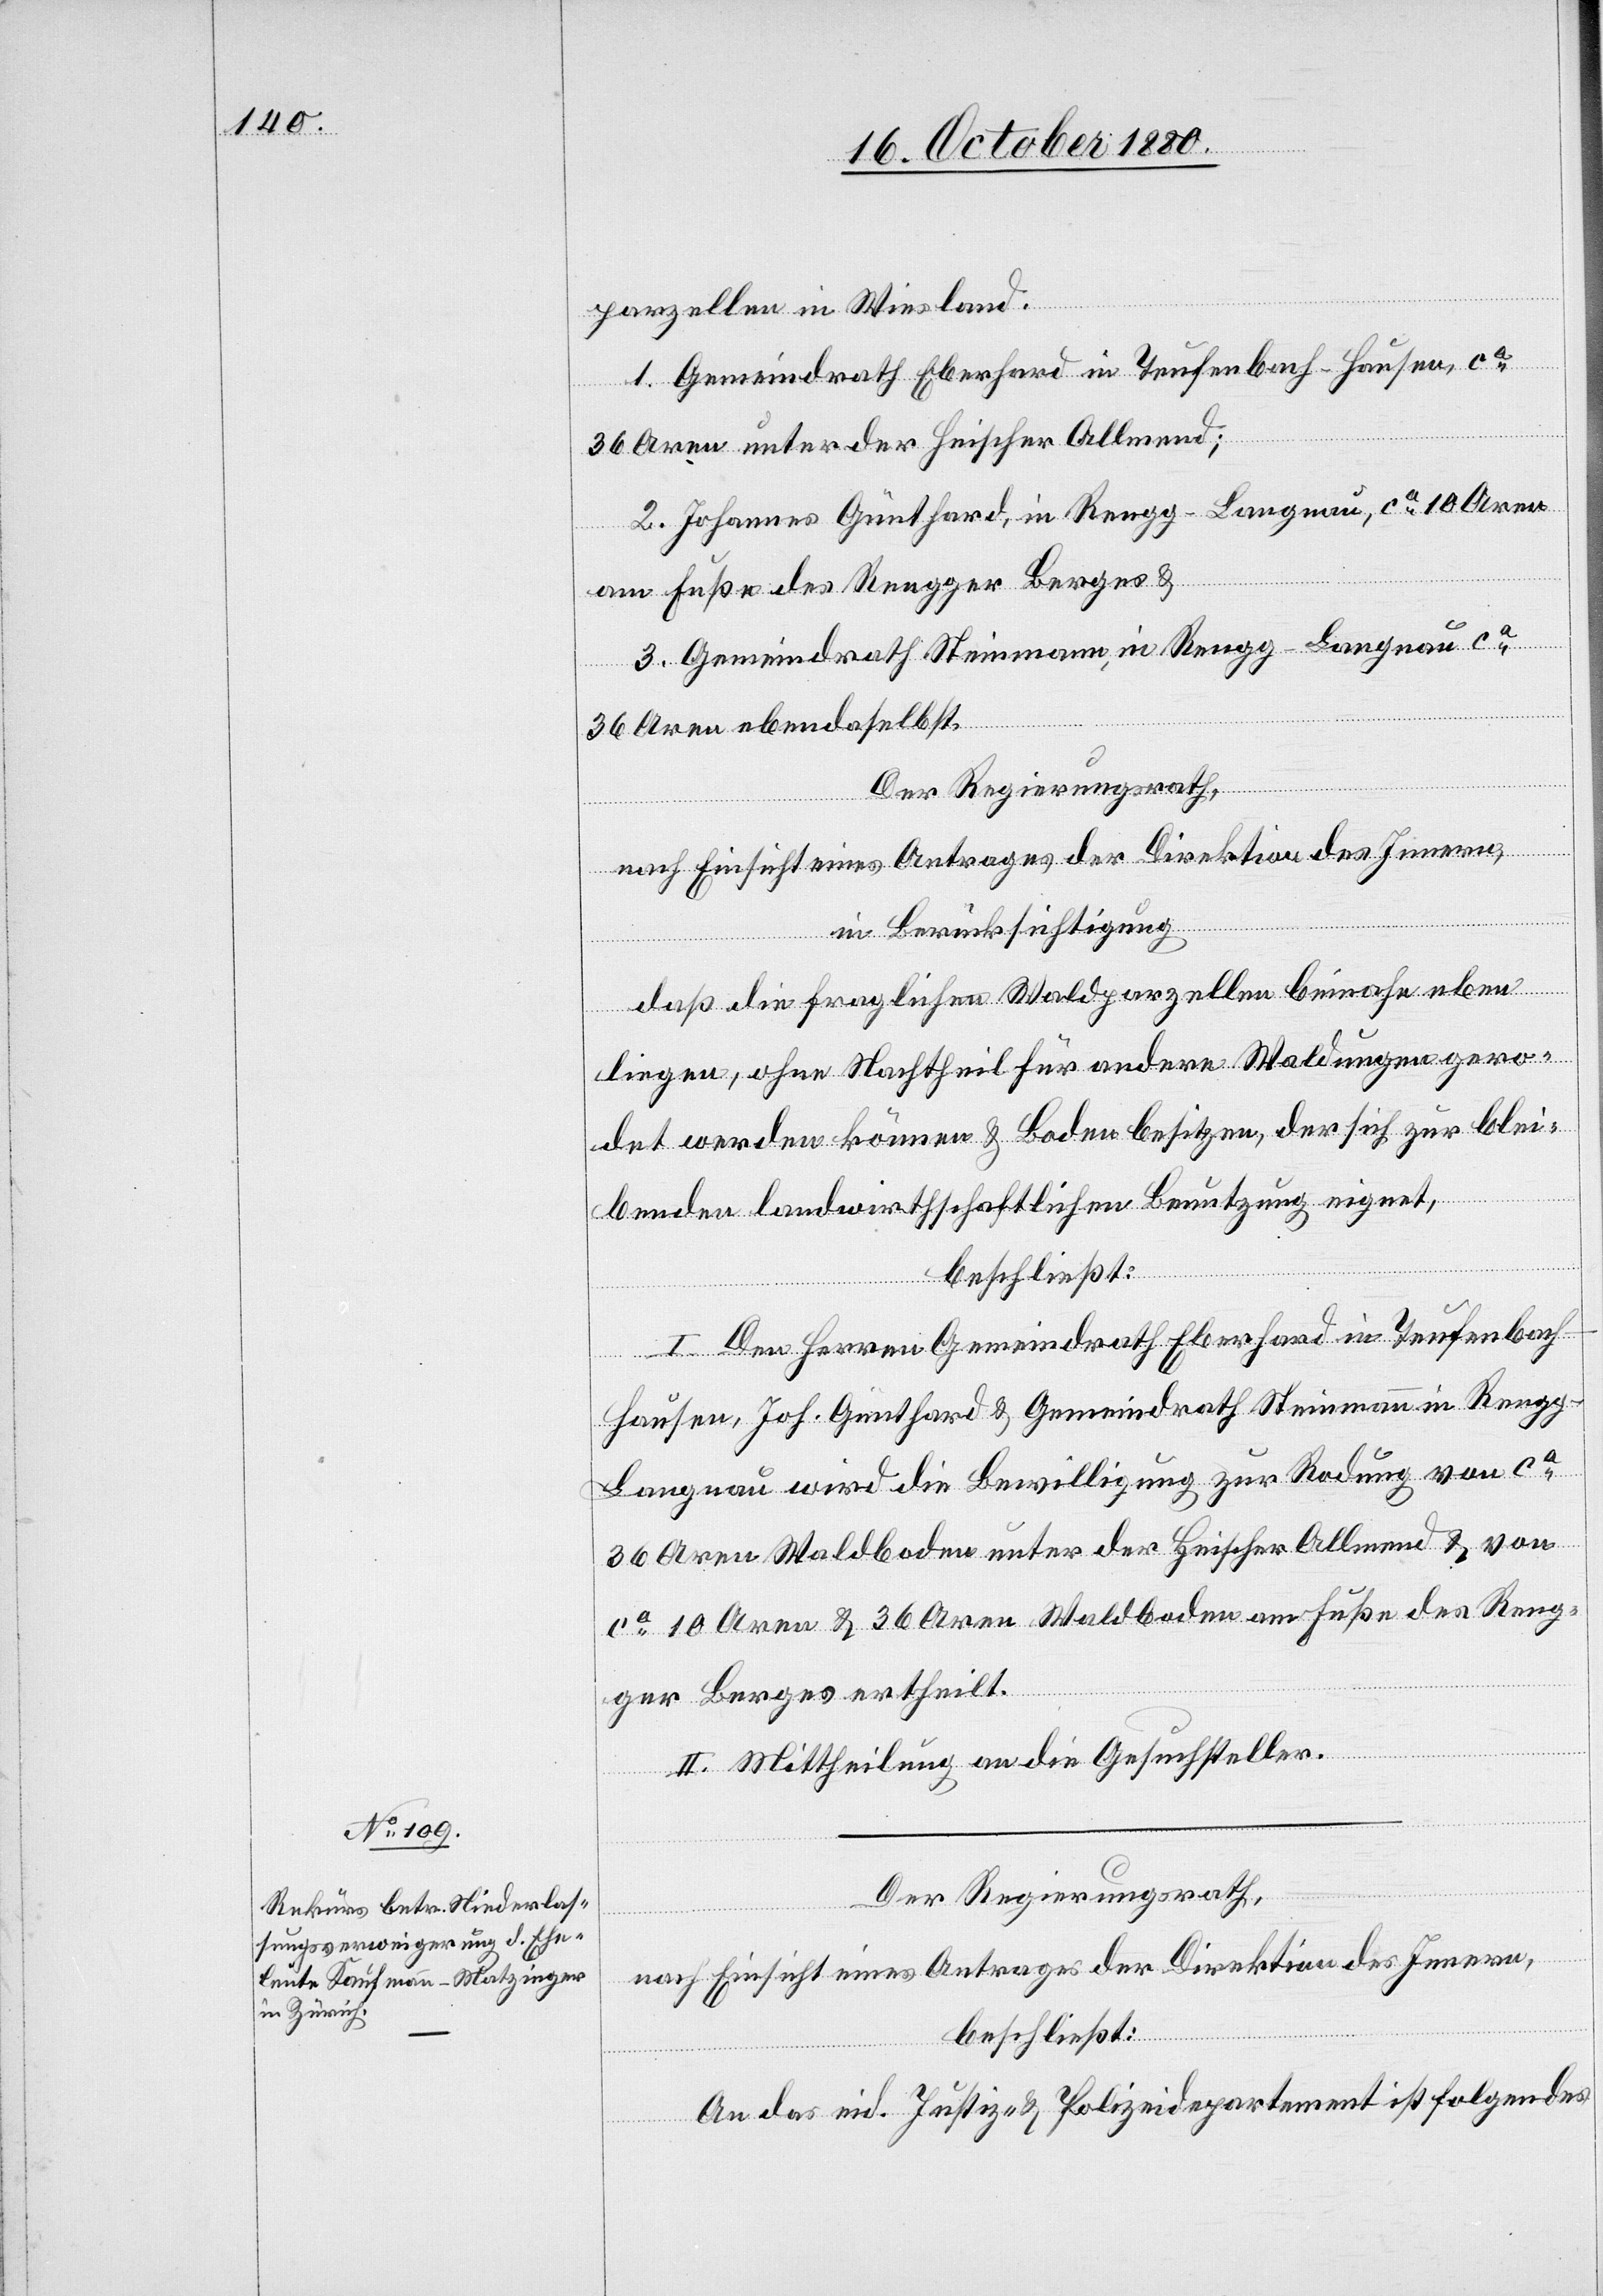
parzellen in Wiesland.
1. Gemeindrath Eberhard in Teufenbach - Hausen, ca
36 Aren unter der Heischer Allmend;
2. Johannes Gunthard, in Rengg - Langnau, ca 10 Aren
am Fuße des Rengger Berges &
3. Gemeindrath Steinmann, in Rengg - Langnau ca
36 Aren eben daselbst.
Der Regierungsrath,
nach Einsicht eines Antrages der Direktion des Innern,
in Berücksichtigung
daß die fraglichen Waldparzellen beinahe eben
liegen, ohne Nachtheil für andere Waldungen gero¬
det werden können & Boden besitzen, der sich zur blei¬
benden landwirthschaftlichen Benutzung eignet,
beschließt:
I. Den Herren Gemeindrath Eberhard in Teufenbach
-
Hausen, Joh. Gunthard & Gemeindrath Steinmann in Rengg
Langnau wird die Bewilligung zur Rodung von ca
36 Aren Waldboden unter der Heischer Allmend & von
ca 10 Aren & 36 Aren Waldboden am Fuße des Reng¬
ger Berges ertheilt.
II. Mittheilung an die Gesuchsteller.
Der Regierungsrath,
nach Einsicht eines Antrages der Direktion des Innern,
beschließt:
An das eid. Justiz- & Polizeidepartement ist folgendes